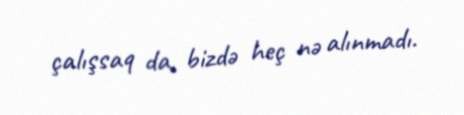
çalışsaq da, bizdə heç nə alınmadı.